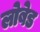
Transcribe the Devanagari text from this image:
लोबेड